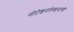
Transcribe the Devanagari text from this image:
नोटेशनलेखनाची